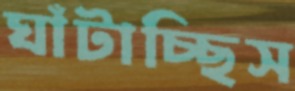
ঘাঁটাচ্ছিস